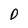
Character: O